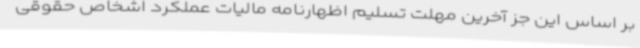
بر اساس این جز آخرین مهلت تسلیم اظهارنامه مالیات عملکرد اشخاص حقوقی